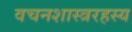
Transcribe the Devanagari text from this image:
वचनशास्त्ररहस्य